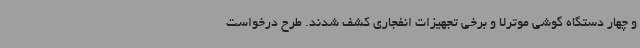
و چهار دستگاه گوشی موترلا و برخی تجهیزات انفجاری کشف شدند. طرح درخواست